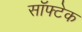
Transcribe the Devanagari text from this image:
सॉफ्टेक